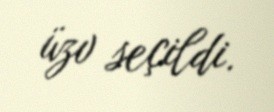
üzv seçildi.